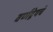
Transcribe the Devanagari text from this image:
वर्णद्वेषचं